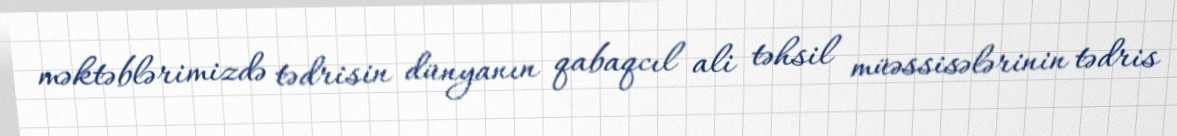
məktəblərimizdə tədrisin dünyanın qabaqcıl ali təhsil müəssisələrinin tədris